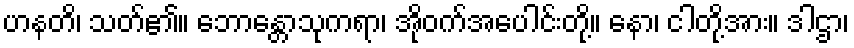
ဟနတိ၊ သတ်၏။ ဘောန္တောသုကရာ၊ အိုဝက်အပေါင်းတို့။ နော၊ ငါတို့အား။ ဒါဌာ၊